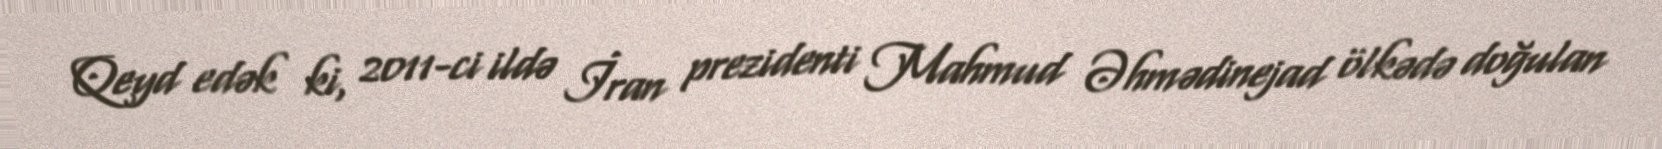
Qeyd edək ki, 2011-ci ildə İran prezidenti Mahmud Əhmədinejad ölkədə doğulan